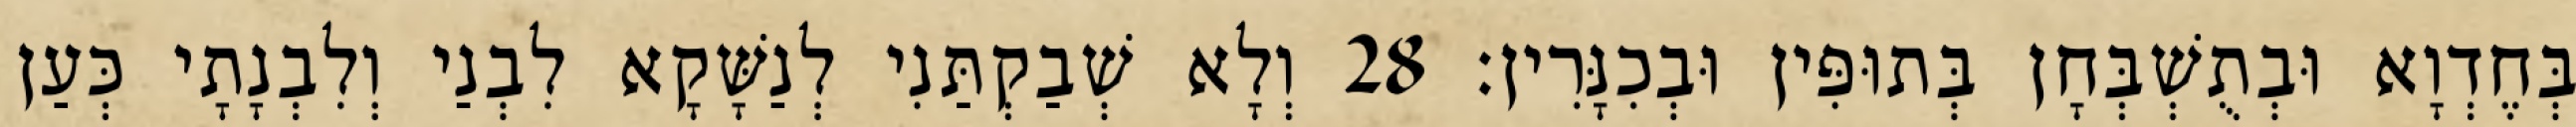
בְּחֶדְוָא וּבְתֻשְׁבְּחָן בְּתוּפִּין וּבְכִנָּרִין׃ 28 וְלָא שְׁבַקְתַּנִי לְנַשָּׁקָא לִבְנַי וְלִבְנָתָי כְּעַן